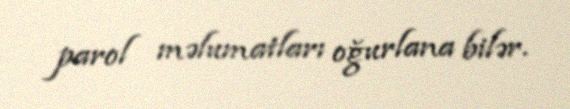
parol məlumatları oğurlana bilər.